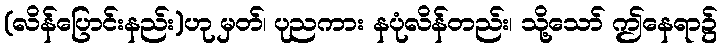
(လိန်ပြောင်းနည်း)ဟု မှတ်၊ ပုညကား နပုံလိန်တည်း၊ သို့သော် ဤနေရာ၌